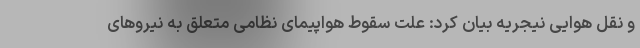
و نقل هوایی نیجریه بیان کرد: علت سقوط هواپیمای نظامی متعلق به نیروهای